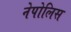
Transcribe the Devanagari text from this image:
नेपोलिस